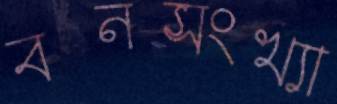
বনসংখ্যা